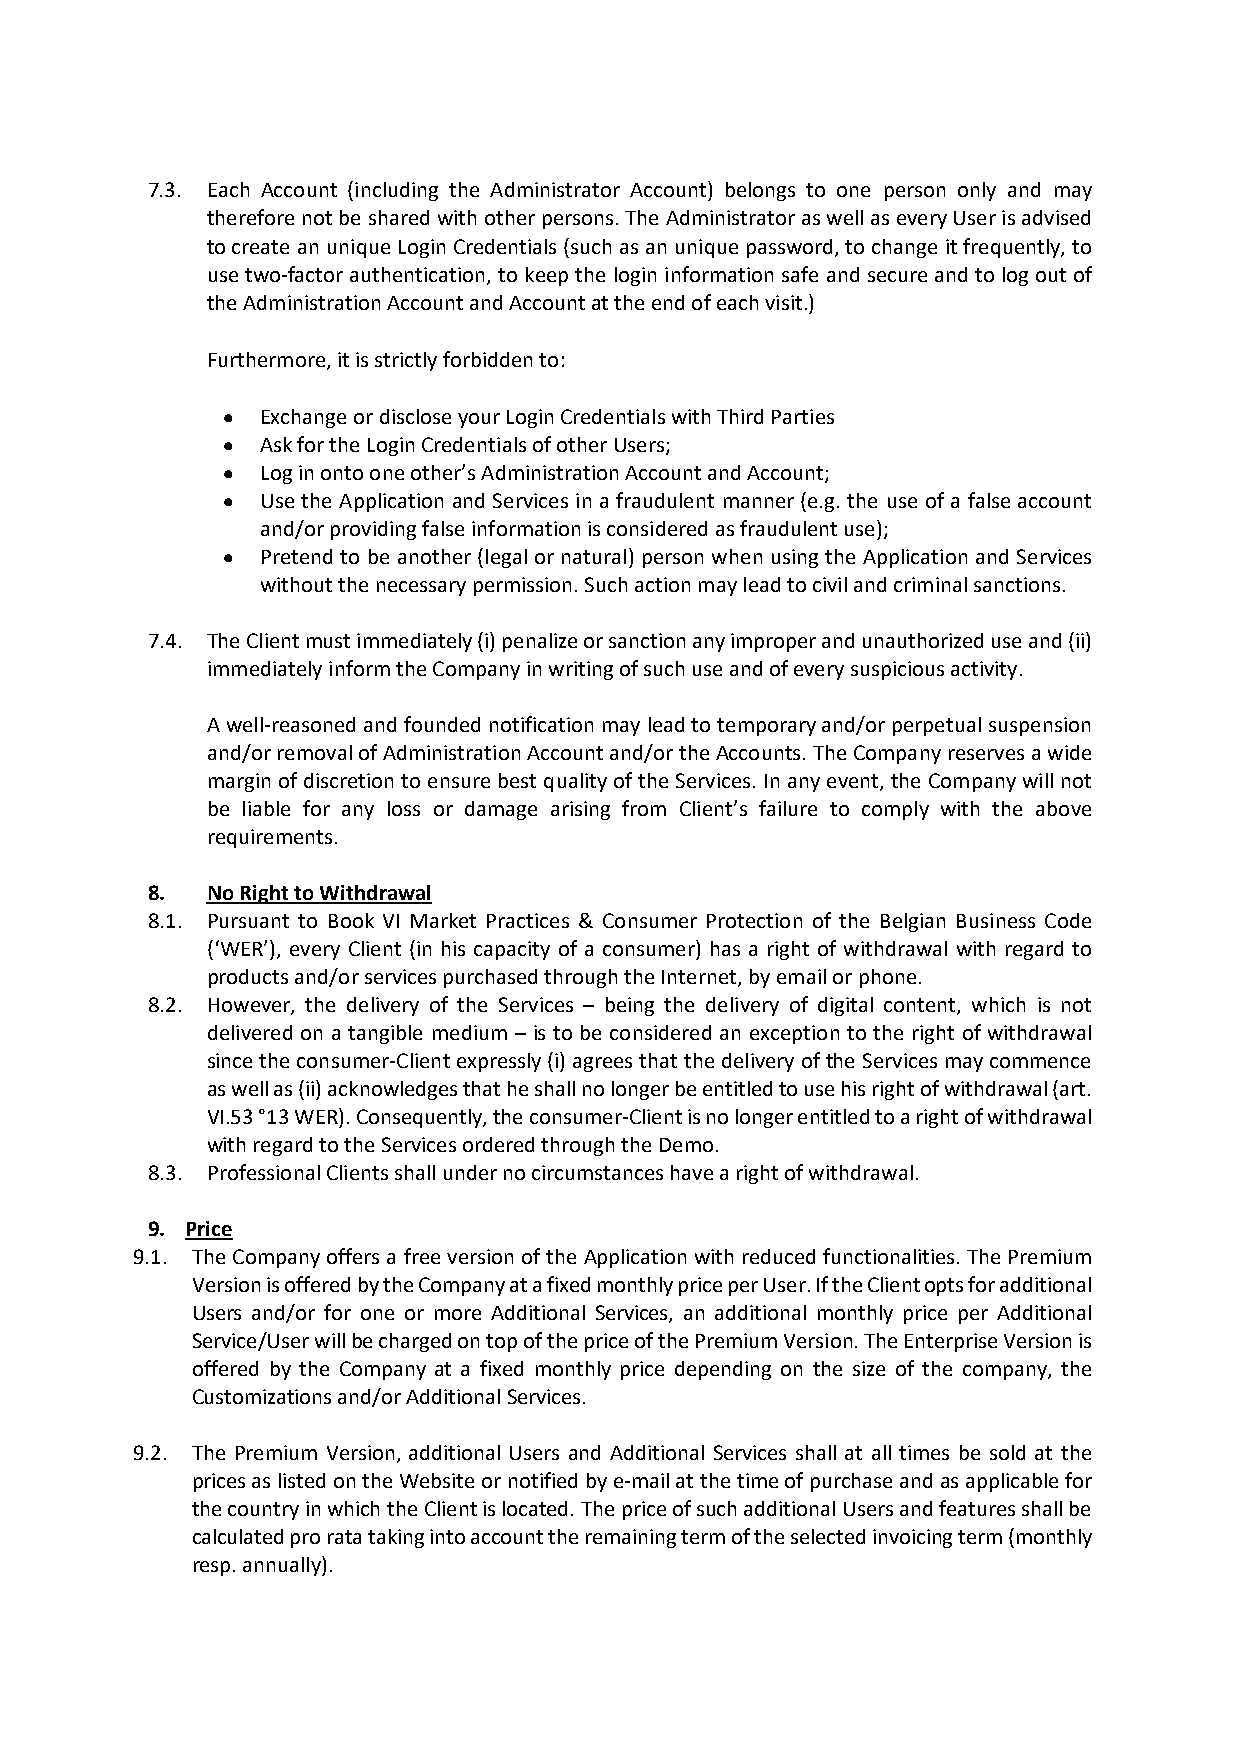
7.3. Each Account (including the Administrator Account) belongs to one person only and may
 therefore not be shared with other persons. The Administrator as well as every User is advised
 to create an unique Login Credentials (such as an unique password, to change it frequently, to
 use two-factor authentication, to keep the login information safe and secure and to log out of
 the Administration Account and Account at the end of each visit.)
 Furthermore, it is strictly forbidden to:
 • Exchange or disclose your Login Credentials with Third Parties
 • Ask for the Login Credentials of other Users;
 • Log in onto one other’s Administration Account and Account;
 • Use the Application and Services in a fraudulent manner (e.g. the use of a false account
 and/or providing false information is considered as fraudulent use);
 • Pretend to be another (legal or natural) person when using the Application and Services
 without the necessary permission. Such action may lead to civil and criminal sanctions.
 7.4. The Client must immediately (i) penalize or sanction any improper and unauthorized use and (ii)
 immediately inform the Company in writing of such use and of every suspicious activity.
 A well-reasoned and founded notification may lead to temporary and/or perpetual suspension
 and/or removal of Administration Account and/or the Accounts. The Company reserves a wide
 margin of discretion to ensure best quality of the Services. In any event, the Company will not
 be liable for any loss or damage arising from Client’s failure to comply with the above
 requirements.
 8.  No Right to Withdrawal
 8.1. Pursuant to Book VI Market Practices & Consumer Protection of the Belgian Business Code
 (‘WER’), every Client (in his capacity of a consumer) has a right of withdrawal with regard to
 products and/or services purchased through the Internet, by email or phone.
 8.2. However, the delivery of the Services – being the delivery of digital content, which is not
 delivered on a tangible medium – is to be considered an exception to the right of withdrawal
 since the consumer-Client expressly (i) agrees that the delivery of the Services may commence
 as well as (ii) acknowledges that he shall no longer be entitled to use his right of withdrawal (art.
 VI.53 °13 WER). Consequently, the consumer-Client is no longer entitled to a right of withdrawal
 with regard to the Services ordered through the Demo.
 8.3. Professional Clients shall under no circumstances have a right of withdrawal.
 9. Price
 9.1. The Company offers a free version of the Application with reduced functionalities. The Premium
 Version is offered by the Company at a fixed monthly price per User. If the Client opts for additional
 Users and/or for one or more Additional Services, an additional monthly price per Additional
 Service/User will be charged on top of the price of the Premium Version. The Enterprise Version is
 offered by the Company at a fixed monthly price depending on the size of the company, the
 Customizations and/or Additional Services.
 9.2. The Premium Version, additional Users and Additional Services shall at all times be sold at the
 prices as listed on the Website or notified by e-mail at the time of purchase and as applicable for
 the country in which the Client is located. The price of such additional Users and features shall be
 calculated pro rata taking into account the remaining term of the selected invoicing term (monthly
 resp. annually).